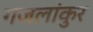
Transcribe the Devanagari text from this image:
गजलांकुर